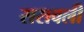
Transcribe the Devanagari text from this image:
सरावली